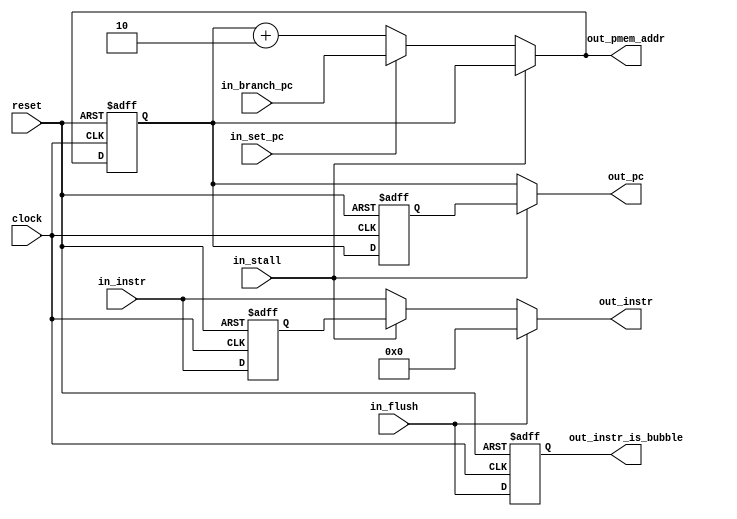
module fetch #(parameter PC_WIDTH=12, PMEM_WIDTH=16, PC_INCREMENT=2)
           (
            input                        clock,
            input                        reset,
            input      [  PC_WIDTH-1:0]  in_branch_pc,        // New program counter that we want to jump to
            input                        in_flush,            // Output out_instr is tied to 0 if this input is1
            input      [PMEM_WIDTH-1:0]  in_instr,            // Current instruction received from PMEM
            input                        in_set_pc,           // Are we setting a new PC via "in_branch_pc"?
            input                        in_stall,            // Keep program counter from advancing
            output     [PMEM_WIDTH-1:0]  out_instr,           // Forward instruction to DC stage
            output reg                   out_instr_is_bubble, // Is the current instruction a bubble (i.e., was IF just flushed?)
            output     [  PC_WIDTH-1:0]  out_pc,              // This goes to the pipeline (i.e., DC stage)
            output     [  PC_WIDTH-1:0]  out_pmem_addr        // This goes to the program memory
           );

    reg  [PMEM_WIDTH-1:0]  instr_ff;
    
    reg  [  PC_WIDTH-1:0] pc_next;
    reg  [  PC_WIDTH-1:0] pc_next_int;
    wire [  PC_WIDTH-1:0] pc_next_ext;
    reg  [  PC_WIDTH-1:0] pc_ff;
    reg  [  PC_WIDTH-1:0] pc_ff2;
   
    localparam MAX_PC = ((1<<PC_WIDTH)-PC_INCREMENT);
    
    assign pc_next_ext   = in_branch_pc;
    assign out_pc        = in_stall ? pc_ff2 : pc_ff;
    assign out_pmem_addr = pc_next;
    
    //==============================================
    // Register: sample next PC, instr
    //==============================================
    always @(posedge clock or posedge reset)
    begin
        if (!reset) begin
            instr_ff <= in_instr;
            pc_ff    <= pc_next;
            pc_ff2   <= pc_ff;
        end
        else begin
            instr_ff <= 0;
            pc_ff    <= MAX_PC;
            pc_ff2   <= 0;
        end
    end

    //==============================================
    // Register: pass through
    //==============================================
    always @(posedge clock or posedge reset)
    begin
        if (!reset) begin
            out_instr_is_bubble <= in_flush;
        end
        else begin
            out_instr_is_bubble <= 0;
        end
    end
    
    // Adder: add increment to sampled PC
    always @(*)
    begin
        pc_next_int = pc_ff + PC_INCREMENT;
    end

    // Multiplexer: select next PC
    // - when not branching: select internal PC (incremented PC)
    // - when     branching: select external next PC
    // - when     stalling : keep it the same
    always @(*)
    begin
        if (in_stall) begin
            pc_next = pc_ff;
        end
        else if (in_set_pc == 1) begin
            pc_next = pc_next_ext;
        end
        else begin
            pc_next = pc_next_int;
        end
    end

    // Multiplexer: if pipeline is being flushed, send out nop (0x0). Otherwise send out instruction from pmem
    always @(*)
    begin
        if (in_flush == 1)
            out_instr = 0;
        else if (in_stall == 1)
            out_instr = instr_ff;
        else
            out_instr = in_instr;
    end

endmodule